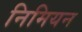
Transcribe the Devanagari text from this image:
निमियन